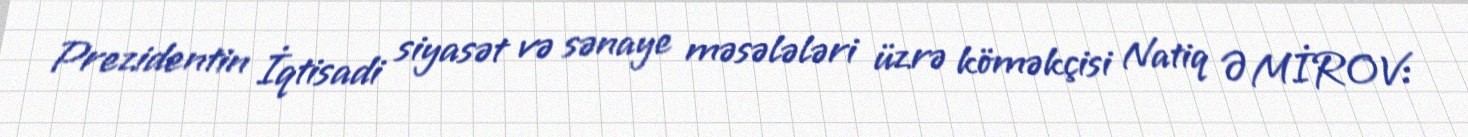
Prezidentin İqtisadi siyasət və sənaye məsələləri üzrə köməkçisi Natiq ƏMİROV: